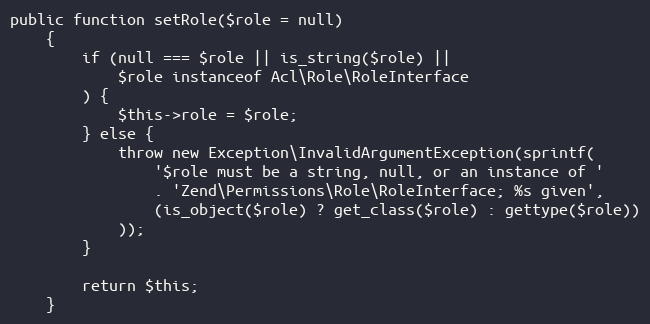
Language: PHP
public function setRole($role = null)
    {
        if (null === $role || is_string($role) ||
            $role instanceof Acl\Role\RoleInterface
        ) {
            $this->role = $role;
        } else {
            throw new Exception\InvalidArgumentException(sprintf(
                '$role must be a string, null, or an instance of '
                . 'Zend\Permissions\Role\RoleInterface; %s given',
                (is_object($role) ? get_class($role) : gettype($role))
            ));
        }

        return $this;
    }